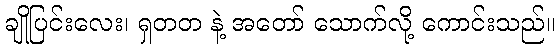
ချိုပြင်းလေး၊ ရှတတ နဲ့ အတော် သောက်လို့ ကောင်းသည်။